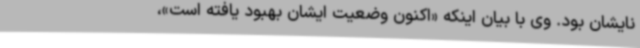
نایشان بود. وی با بیان اینکه «اکنون وضعیت ایشان بهبود یافته است»،